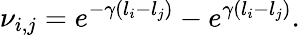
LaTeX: \nu_{i,j}=e^{-\gamma(l_{i}-l_{j})}-e^{\gamma(l_{i}-l_{j})}.